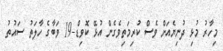
މިހާރު މުޅި ދުނިޔެއަށް ވެސް ކުރިމަތިވެގެން އުޅޭ ކޮވިޑް-19 ވަބާގެ ހާލަތު ސައުތު